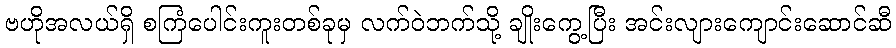
ဗဟိုအလယ်ရှိ စကြံပေါင်းကူးတစ်ခုမှ လက်ဝဲဘက်သို့ ချိုးကွေ့ပြီး အင်းလျားကျောင်းဆောင်ဆီ